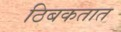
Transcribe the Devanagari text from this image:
ठिबकतात